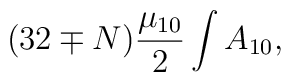
(32 \mp N) {\mu_{10}\over 2} \int A_{10} ,